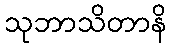
သုဘာသိတာနိ